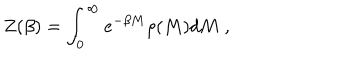
Z ( \beta ) = \int _ { 0 } ^ { \infty } e ^ { - \beta M } \rho ( M ) d M \; ,